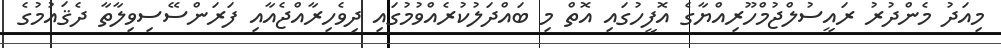
މިއަދު މެންދުރު ރައީސުލްޖުމްހޫރިއްޔާގެ އޮފީހުގައި އޮތް މި ބައްދަލުކުރެއްވުމުގައި ދިވެހިރާއްޖެއާއި ފަރަންސޭސިވިލާތާ ދެޤައުމުގެ